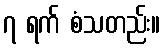
၇ ရက် စံသတည်း။